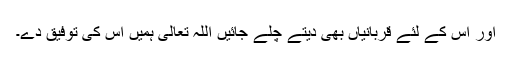
اور اس کے لئے قربانیاں بھی دیتے چلے جائیں اللہ تعالیٰ ہمیں اس کی توفیق دے۔